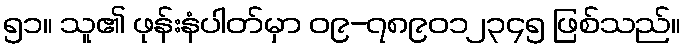
၅၁။ သူ၏ ဖုန်းနံပါတ်မှာ ၀၉-၇၈၉၀၁၂၃၄၅ ဖြစ်သည်။